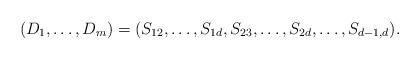
LaTeX: \begin{align*} (D_1,\ldots,D_m)=(S_{12},\ldots,S_{1d},S_{23},\ldots,S_{2d},\ldots,S_{d-1,d}).\end{align*}